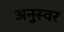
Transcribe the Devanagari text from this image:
अनुस्वर